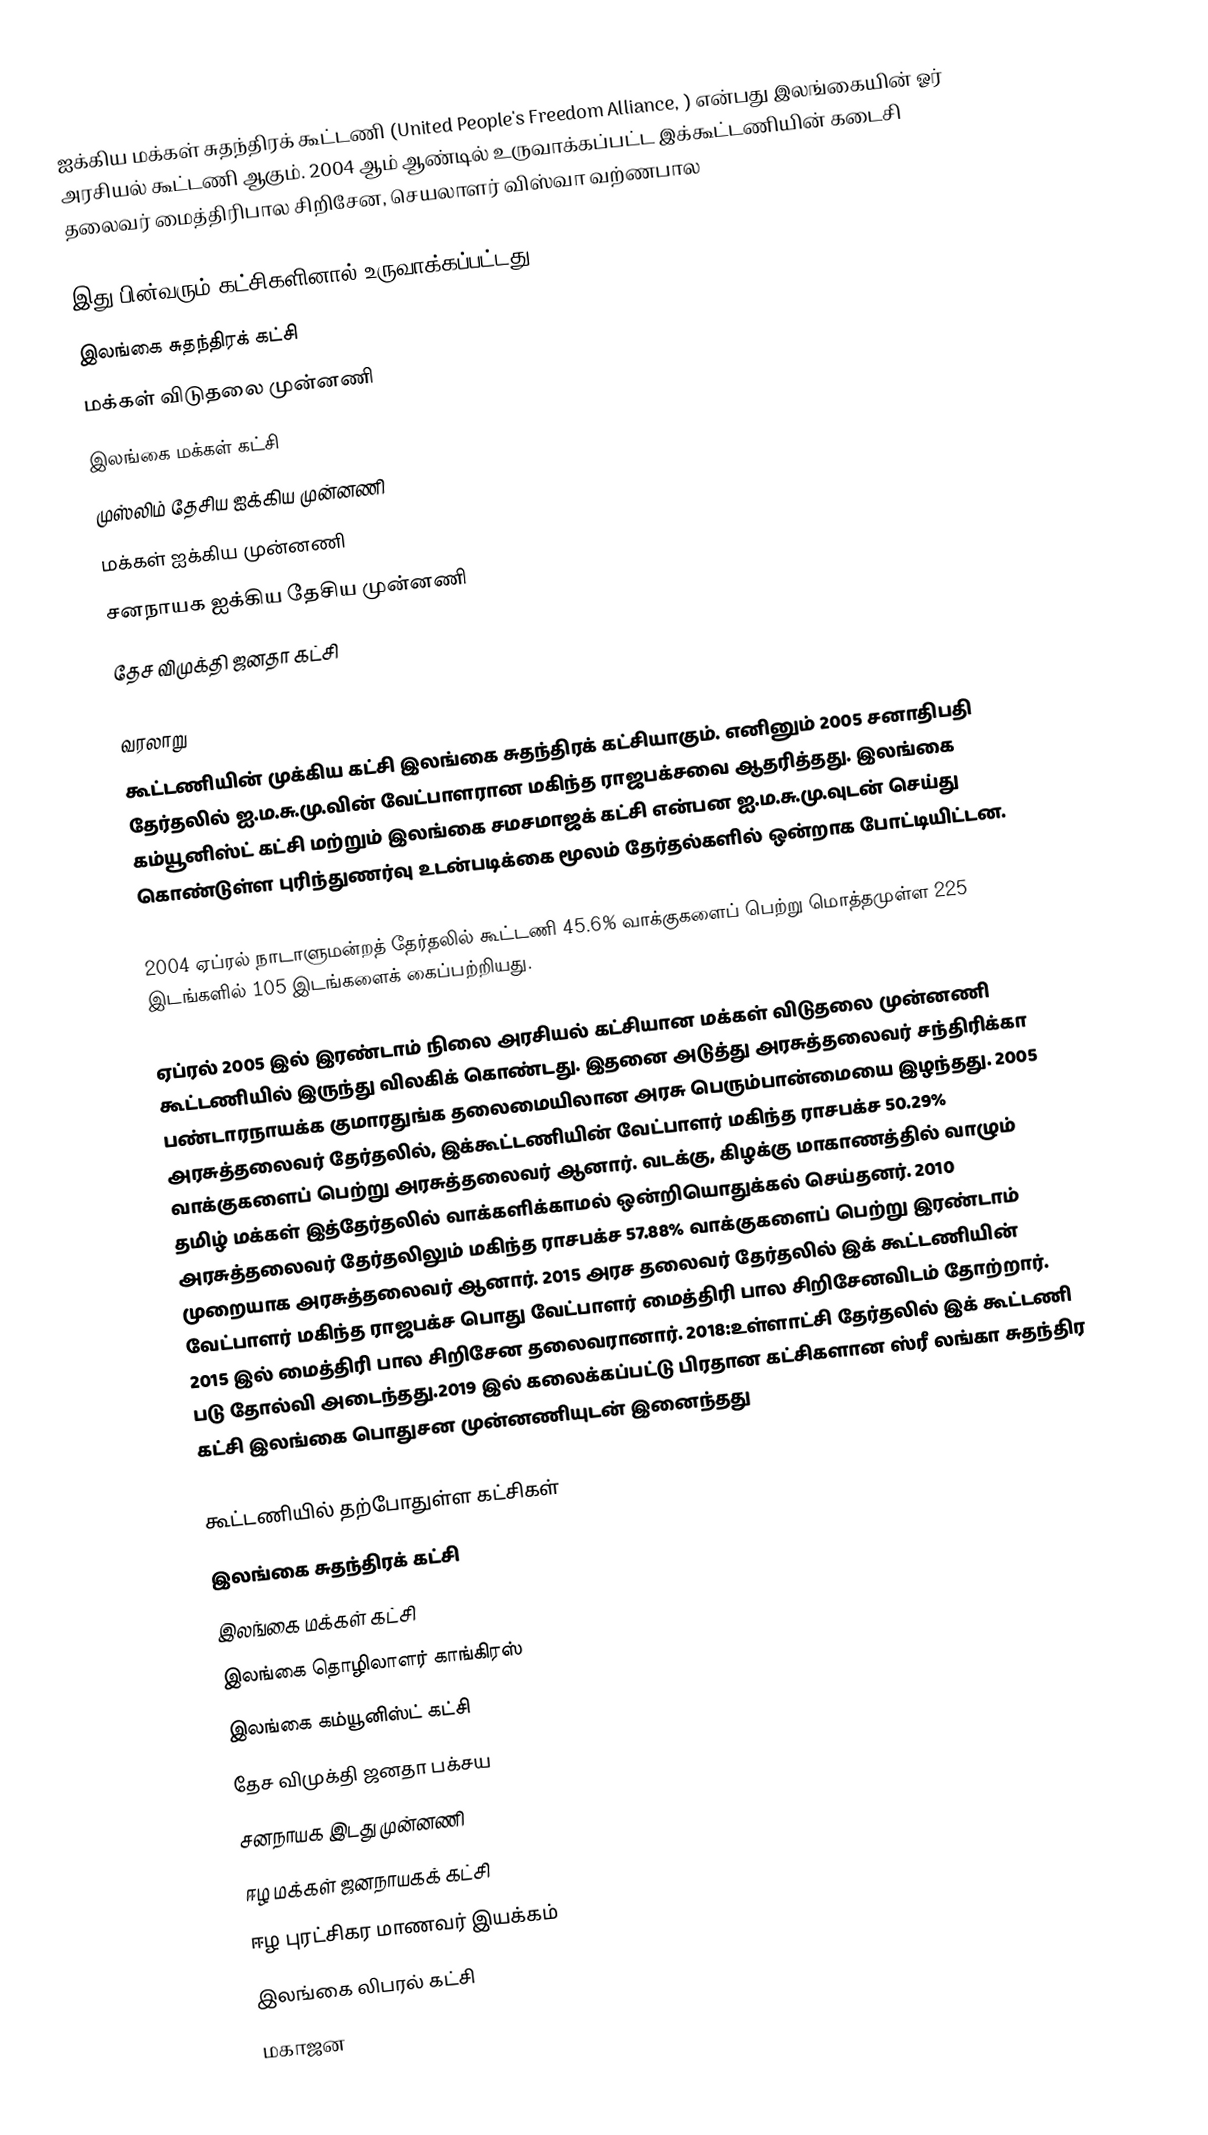
ஐக்கிய மக்கள் சுதந்திரக் கூட்டணி (United People's Freedom Alliance, ) என்பது இலங்கையின் ஓர் அரசியல் கூட்டணி ஆகும். 2004 ஆம் ஆண்டில் உருவாக்கப்பட்ட இக்கூட்டணியின் கடைசி  தலைவர் மைத்திரிபால சிறிசேன, செயலாளர் விஸ்வா வற்ணபால

இது பின்வரும் கட்சிகளினால் உருவாக்கப்பட்டது:
 இலங்கை சுதந்திரக் கட்சி
 மக்கள் விடுதலை முன்னணி
 இலங்கை மக்கள் கட்சி
 முஸ்லிம் தேசிய ஐக்கிய முன்னணி
 மக்கள் ஐக்கிய முன்னணி
 சனநாயக ஐக்கிய தேசிய முன்னணி
 தேச விமுக்தி ஜனதா கட்சி

வரலாறு
கூட்டணியின் முக்கிய கட்சி இலங்கை சுதந்திரக் கட்சியாகும்.  எனினும் 2005 சனாதிபதி தேர்தலில் ஐ.ம.சு.மு.வின் வேட்பாளரான மகிந்த ராஜபக்சவை ஆதரித்தது. இலங்கை கம்யூனிஸ்ட் கட்சி மற்றும் இலங்கை சமசமாஜக் கட்சி என்பன ஐ.ம.சு.மு.வுடன் செய்து கொண்டுள்ள புரிந்துணர்வு உடன்படிக்கை மூலம் தேர்தல்களில் ஒன்றாக போட்டியிட்டன.

2004 ஏப்ரல் நாடாளுமன்றத் தேர்தலில் கூட்டணி 45.6% வாக்குகளைப் பெற்று மொத்தமுள்ள 225 இடங்களில் 105 இடங்களைக் கைப்பற்றியது.

ஏப்ரல் 2005 இல் இரண்டாம் நிலை அரசியல் கட்சியான மக்கள் விடுதலை முன்னணி கூட்டணியில் இருந்து விலகிக் கொண்டது. இதனை அடுத்து அரசுத்தலைவர் சந்திரிக்கா பண்டாரநாயக்க குமாரதுங்க தலைமையிலான அரசு பெரும்பான்மையை இழந்தது. 2005 அரசுத்தலைவர் தேர்தலில், இக்கூட்டணியின் வேட்பாளர் மகிந்த ராசபக்ச 50.29% வாக்குகளைப் பெற்று அரசுத்தலைவர் ஆனார். வடக்கு, கிழக்கு மாகாணத்தில் வாழும் தமிழ் மக்கள் இத்தேர்தலில் வாக்களிக்காமல் ஒன்றியொதுக்கல் செய்தனர். 2010 அரசுத்தலைவர் தேர்தலிலும் மகிந்த ராசபக்ச 57.88% வாக்குகளைப் பெற்று இரண்டாம் முறையாக அரசுத்தலைவர் ஆனார்.  2015 அரச தலைவர் தேர்தலில் இக் கூட்டணியின் வேட்பாளர் மகிந்த ராஜபக்ச பொது வேட்பாளர் மைத்திரி பால சிறிசேனவிடம் தோற்றார். 2015 இல் மைத்திரி பால சிறிசேன தலைவரானார். 2018:உள்ளாட்சி தேர்தலில் இக் கூட்டணி படு தோல்வி அடைந்தது.2019 இல் கலைக்கப்பட்டு பிரதான கட்சிகளான ஸ்ரீ லங்கா சுதந்திர கட்சி இலங்கை பொதுசன முன்னணியுடன் இனைந்தது

கூட்டணியில் தற்போதுள்ள கட்சிகள்
 இலங்கை சுதந்திரக் கட்சி
 இலங்கை மக்கள் கட்சி
 இலங்கை தொழிலாளர் காங்கிரஸ்
 இலங்கை கம்யூனிஸ்ட் கட்சி
 தேச விமுக்தி ஜனதா பக்சய
 சனநாயக இடது முன்னணி
 ஈழ மக்கள் ஜனநாயகக் கட்சி
 ஈழ புரட்சிகர மாணவர் இயக்கம்
 இலங்கை லிபரல் கட்சி
 மகாஜன